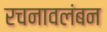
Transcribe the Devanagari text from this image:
रचनावलंबन